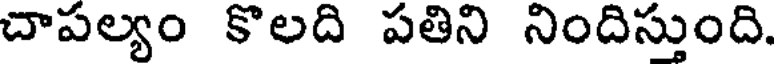
చాపల్యం కొలది పతిని నిందిస్తుంది.